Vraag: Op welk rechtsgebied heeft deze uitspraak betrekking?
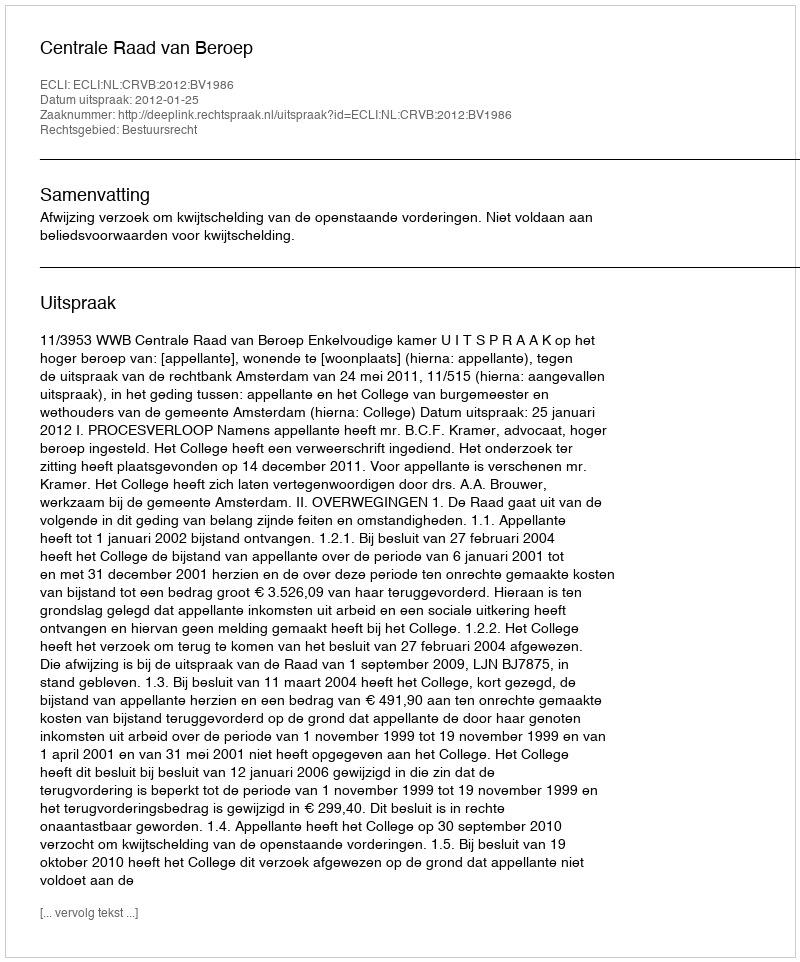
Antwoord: Bestuursrecht